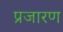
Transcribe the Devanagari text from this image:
प्रजारण